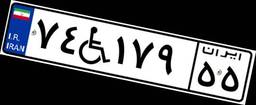
۰۶W۷۴۳۱۸